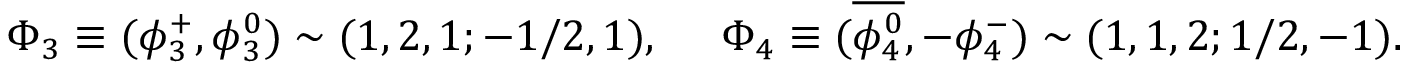
\Phi _ { 3 } \equiv ( \phi _ { 3 } ^ { + } , \phi _ { 3 } ^ { 0 } ) \sim ( 1 , 2 , 1 ; - 1 / 2 , 1 ) , ~ ~ ~ ~ \Phi _ { 4 } \equiv ( \overline { { { \phi _ { 4 } ^ { 0 } } } } , - \phi _ { 4 } ^ { - } ) \sim ( 1 , 1 , 2 ; 1 / 2 , - 1 ) .